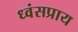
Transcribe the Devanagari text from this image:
ध्वंसप्राय